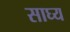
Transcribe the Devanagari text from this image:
साघ्य